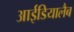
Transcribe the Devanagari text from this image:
आईडियालैब